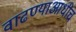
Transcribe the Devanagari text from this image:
वाढण्याआधीच